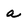
Character: a